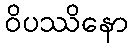
ဝိပဿိနော